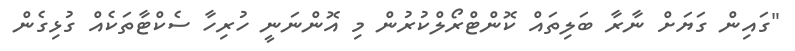
"ގައިން ގަޔަށް ނާރާ ބަލިތައް ކޮންޓްރޯލްކުރުން މި އޮންނަނީ ހުރިހާ ސެކްޓާތަކެއް ގުޅިގެން